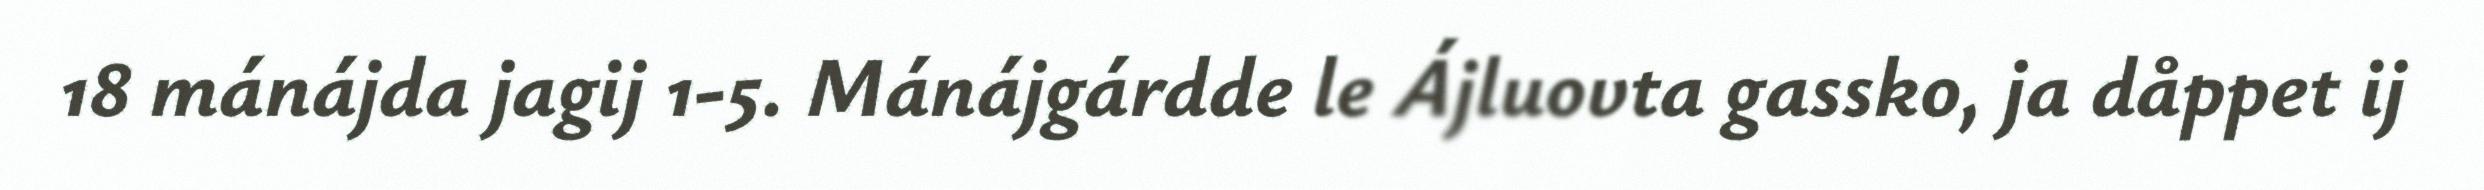
18 mánájda jagij 1-5. Mánájgárdde le Ájluovta gassko, ja dåppet ij